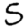
Digit: 5